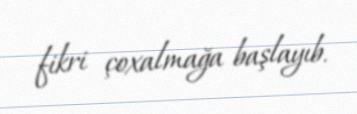
fikri çoxalmağa başlayıb.